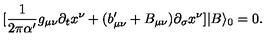
[ \frac { 1 } { 2 \pi \alpha ^ { \prime } } g _ { \mu \nu } \partial _ { t } x ^ { \nu } + ( b _ { \mu \nu } ^ { \prime } + B _ { \mu \nu } ) \partial _ { \sigma } x ^ { \nu } ] | B \rangle _ { 0 } = 0 .